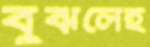
বুঝলেই